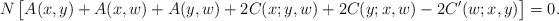
LaTeX: \begin{align*} N \, \bigl[ A(x,y) + A(x,w) + A(y,w) + 2 C(x;y,w) + 2 C(y;x,w) - 2 C'(w;x,y) \bigr]=0 .\end{align*}